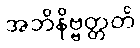
အဘိနိဗ္ဗတ္တတိ